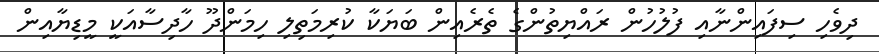
ދިވެހި ސިފައިންނާއި ފުލުހުން ރައްޔިތުންގެ ތެރެއިން ބަޔަކާ ކުރިމަތިލި ހިމަންދޫ ހާދިސާއަކީ މީޑިޔާއިން